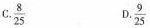
C.\frac{8}{25} D.\frac{9}{25}